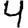
Digit: 4